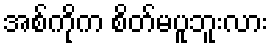
အစ်ကိုက စိတ်မပူဘူးလား